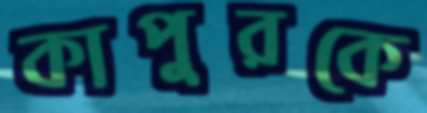
কাপুরকে